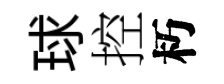
球控朽